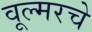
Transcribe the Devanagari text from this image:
वूल्मरचे